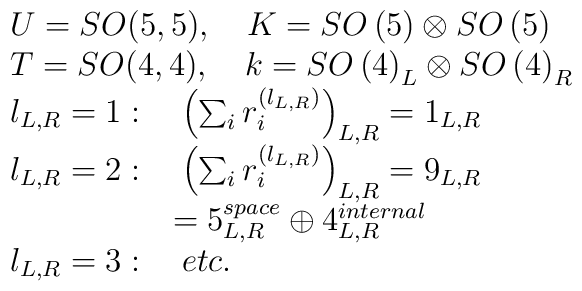
\begin{array}{l}U=SO(5,5),\quad K=SO\left( 5\right) \otimes SO\left( 5\right) \\ T=SO(4,4),\quad k=SO\left( 4\right) _L\otimes SO\left( 4\right) _R \\ l_{L,R}=1:\quad \left( \sum_ir_i^{(l_{L,R})}\right) _{L,R}=1_{L,R} \\ l_{L,R}=2:\quad \left( \sum_ir_i^{(l_{L,R})}\right) _{L,R}=9_{L,R} \\ \quad \quad \quad \quad \quad =5_{L,R}^{space}\oplus 4_{L,R}^{internal} \\ l_{L,R}=3:\quad etc.\end{array}